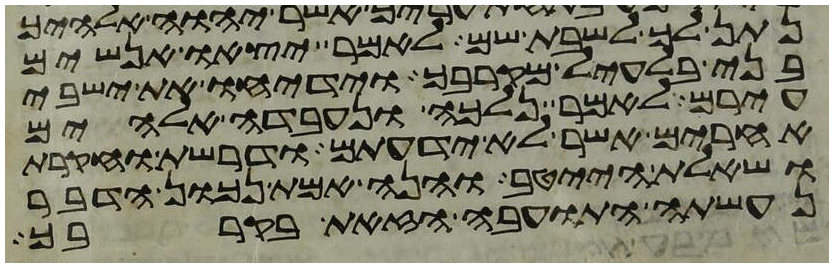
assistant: נתן לך לשבת שם לאמר יצאו אנשים
בני בלעיל מקרבך וידיחו את ישבי
עירם לאמר נלכה ונעבדה אלהים
אחרים אשר לא ידעתם ודרשת וחקרת
ושאלת הייטב והנה אמת נכון הדבר
נעשתה התועבה הזאת בקרבך